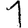
Digit: 1